Vaccination North-Western Provinces and Oudh 1896-1901 - 1896-1901
Year: 1896
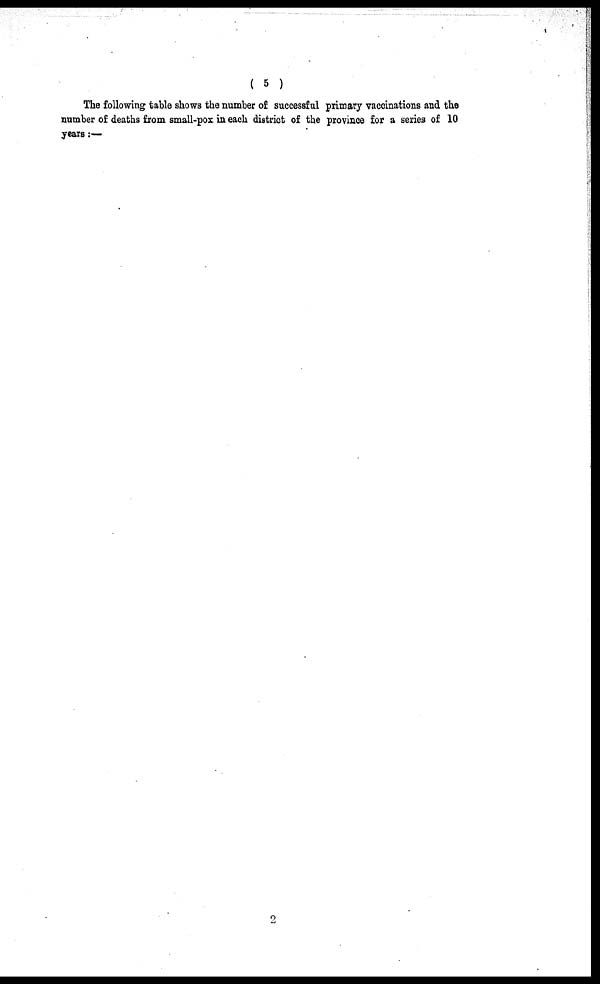
( 5 )
The following table shows the number of successful primary vaccinations and the
number of deaths from small-pox in each district of the province for a series of 10
years :—
2